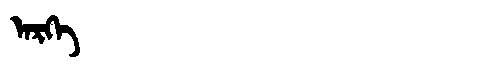
Manchu: ᠠᡵᡴᡝ
Romanization: ARKE